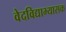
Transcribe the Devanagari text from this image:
वेदविद्याभ्यासक